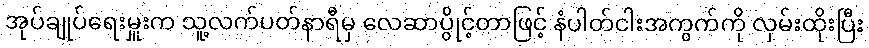
အုပ်ချုပ်ရေးမှူးက သူ့လက်ပတ်နာရီမှ လေဆာပွိုင့်တာဖြင့် နံပါတ်ငါးအကွက်ကို လှမ်းထိုးပြီး